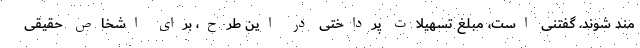
مند شوند. گفتنی است، مبلغ تسهیلات پرداختی در این طرح، برای اشخاص حقیقی